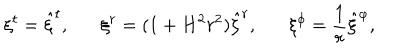
\xi ^ { t } = \hat { \xi } ^ { t } , \xi ^ { r } = ( 1 + H ^ { 2 } r ^ { 2 } ) \hat { \xi } ^ { r } , \xi ^ { \phi } = \frac { 1 } { r } \hat { \xi } ^ { \varphi } ,